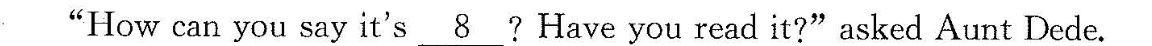
“How can you say it's ?H\underline{8}aveyou read it?”asked Aunt Dede.